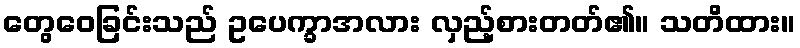
တွေဝေခြင်းသည် ဥပေက္ခာအလား လှည့်စားတတ်၏။ သတိထား။